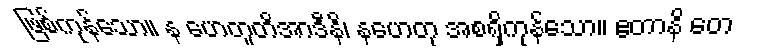
ဖြစ်ကုန်သော။ န ဟေတူတိအာဒီနိ၊ နဟေတု အစရှိကုန်သော။ ဧတာနိ တေ